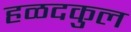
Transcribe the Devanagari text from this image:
हळदकुल